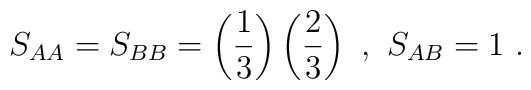
S_{AA}=S_{BB}=\left(\frac{1}{3}\right)\left(\frac{2}{3}\right)\ ,\ S_{AB}=1\ .